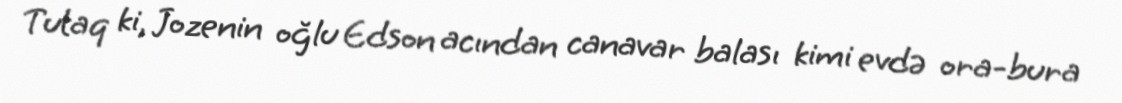
Tutaq ki, Jozenin oğlu Edson acından canavar balası kimi evdə ora-bura